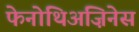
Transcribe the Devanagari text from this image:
फेनोथिअज़िनेस